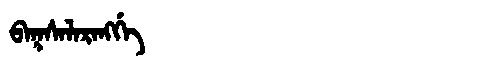
Manchu: ᠪᠠᡴᠰᠠᠯᠠᡵᠠᠩᡤᡝ
Romanization: BAKSALARANGGE